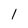
Character: 1